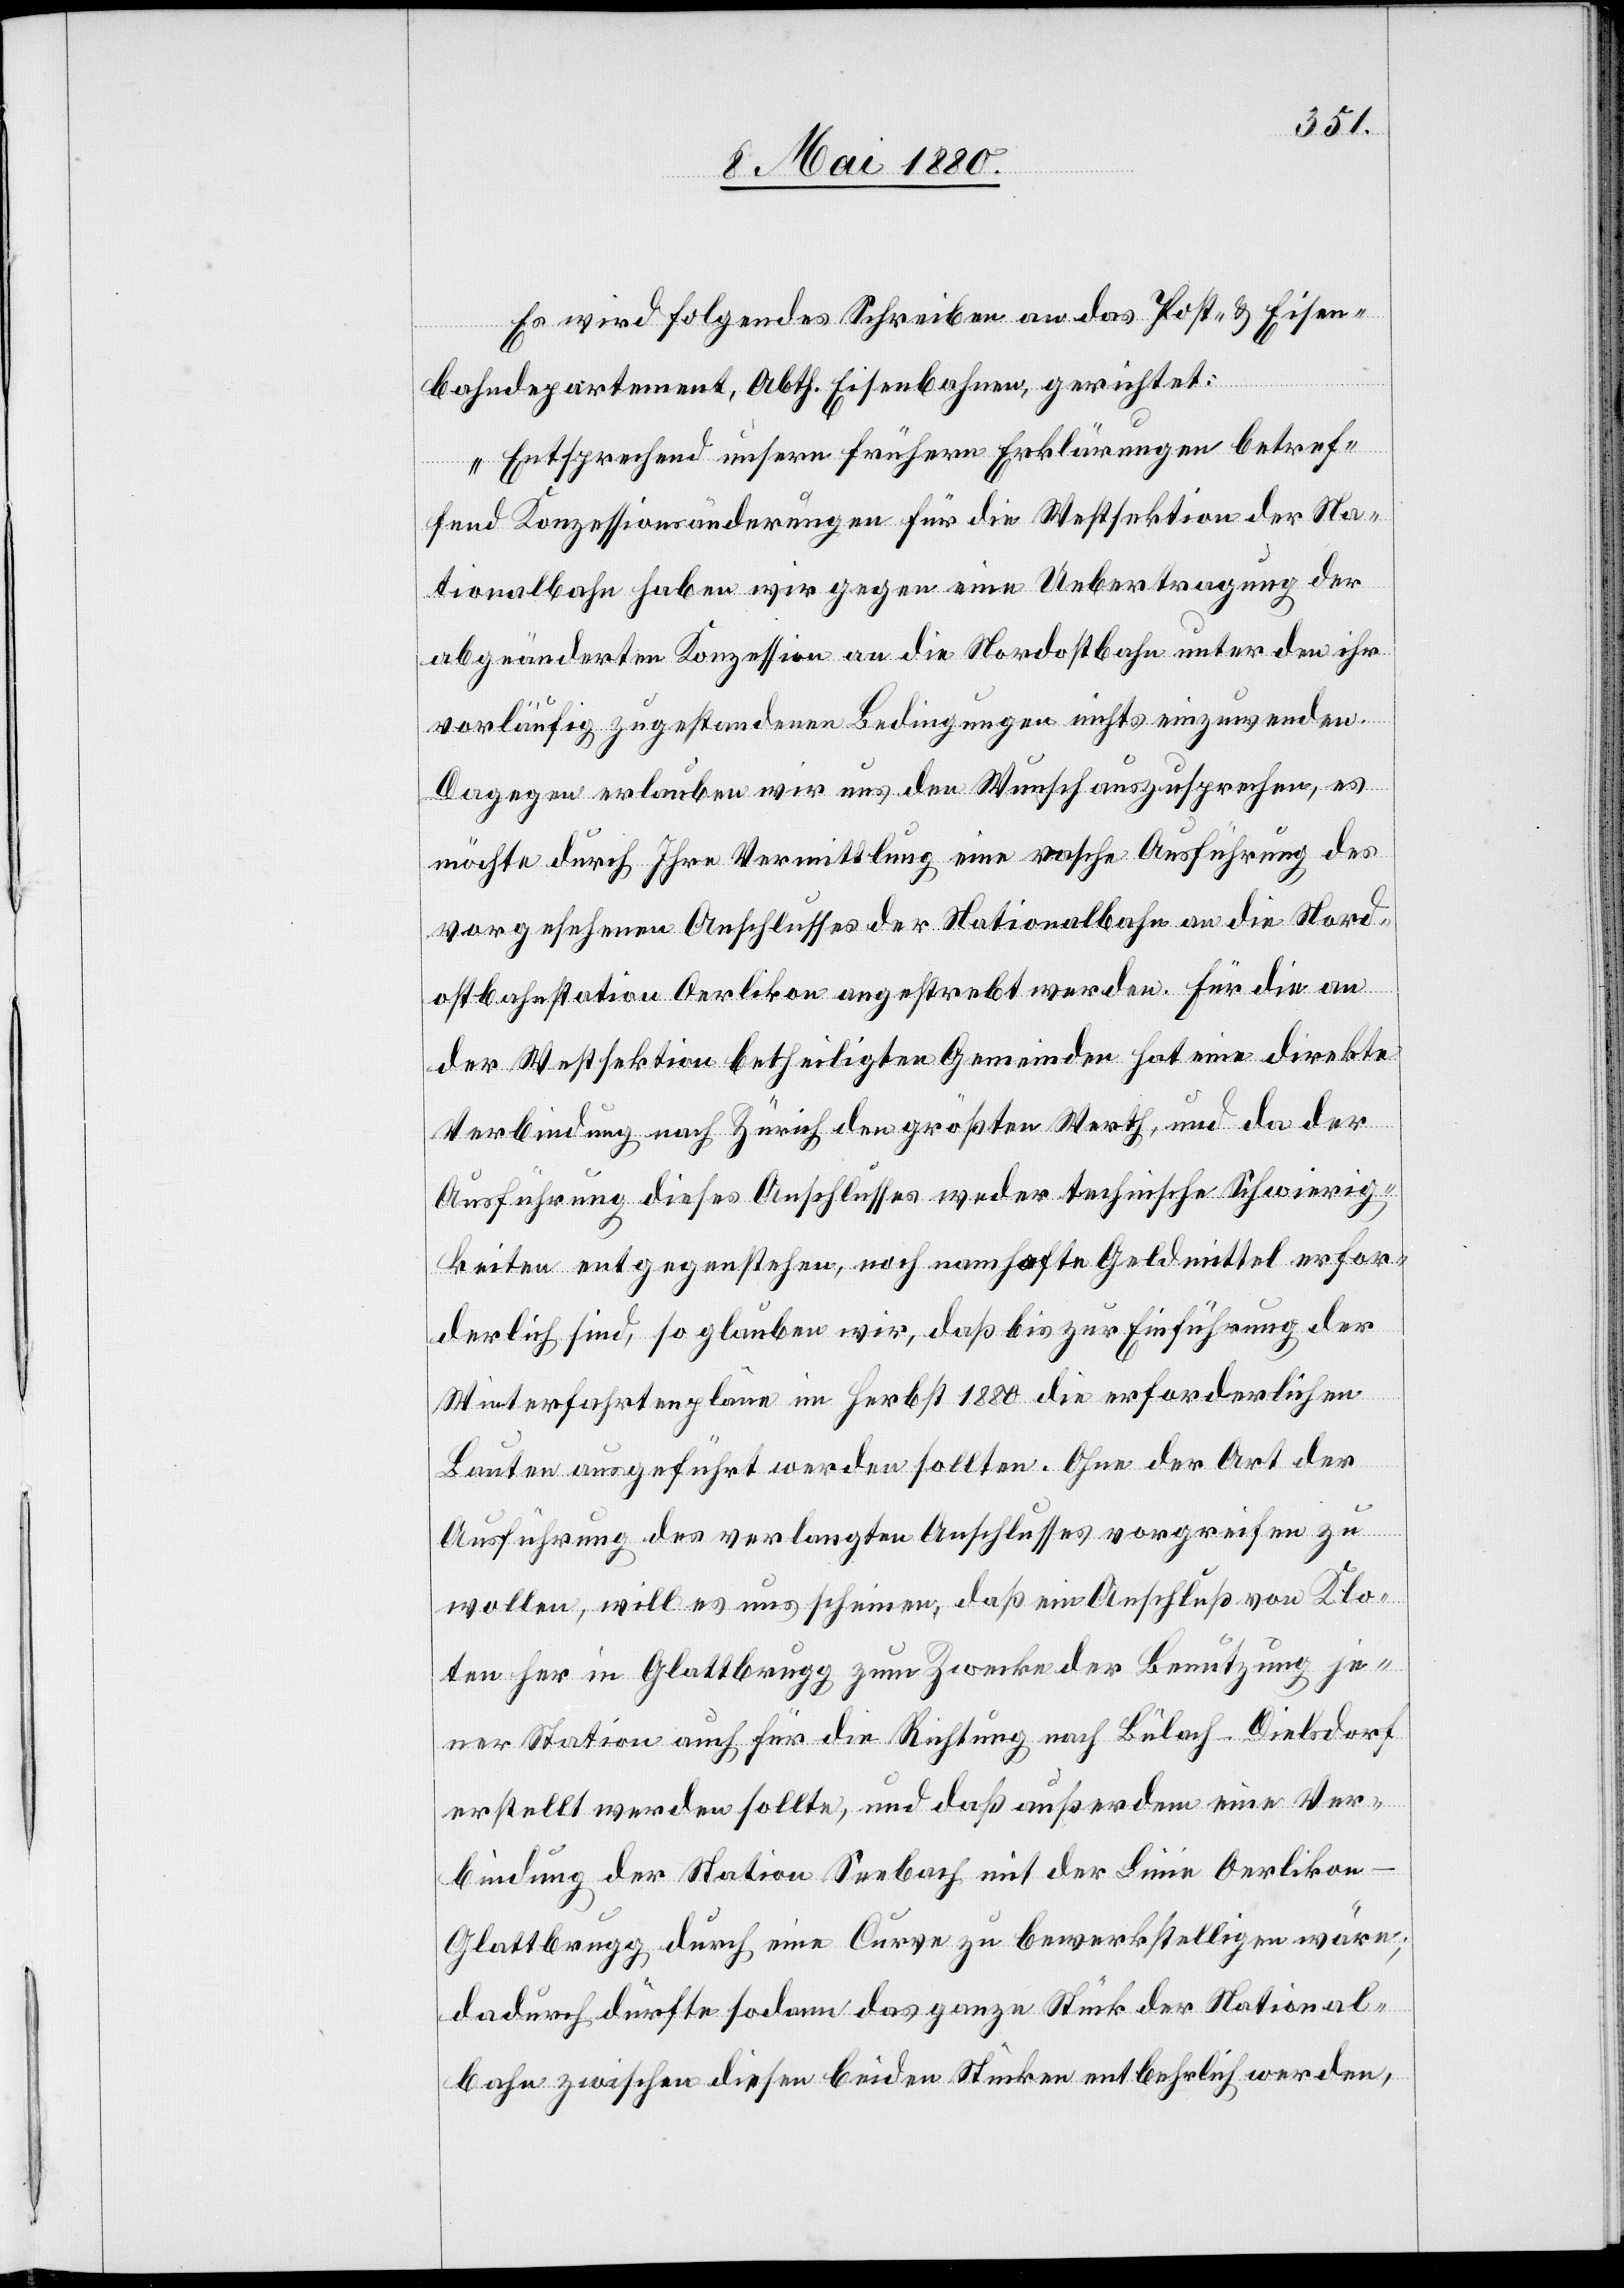
betre¬
Es wird folgendes Schreiben an das Post- & Eisen¬
bahndepartement, Abth. Eisenbahnen, gerichtet:
ffend Konzessionsänderungen für die Westsektion der Na¬
tionalbahn haben wir gegen eine Uebertragung der
abgeänderten Konzession an die Nordostbahn unter den ihr
vorläufig zugestandenen Bedingungen nichts einzuwenden.
Dagegen erlauben wir uns den Wunsch auszusprechen, es
möchte durch Ihre Vermittlung eine rasche Ausführung des
vorgesehenen Anschlusses der Nationalbahn an die Nord¬
ostbahnstation Oerlikon angestrebt werden. Für die an
der Westsektion betheiligten Gemeinden hat eine direkte
Verbindung nach Zürich den größten Werth, und da der
Ausführung dieses Anschlusses weder technische Schwierig¬
keiten entgegenstehen, noch namhafte Geldmittel erfor¬
derlich sind, so glauben wir, daß bis zur Einführung der
Winterfahrtenpläne im Herbst 1880 die erforderlichen
Bauten ausgeführt werden sollten. Ohne der Art der
Ausführung des verlangten Anschlusses vorgreifen zu
wollen, will es uns scheinen, daß ein Anschluß von Klo¬
ten her in Glattbrugg zum Zwecke der Benutzung je¬
ner Station auch für die Richtung nach Bülach–Dielsdorf
erstellt werden sollte, und daß außerdem eine Ver¬
bindung der Station Seebach mit der Linie Oerlikon–G¬
lattbrugg durch eine Curve zu bewerkstelligen wäre;
dadurch dürfte sodann das ganze Stück der National¬
bahn zwischen diesen beiden Stücken entbehrlich werden,